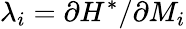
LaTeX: \lambda_{i}=\partial H^{*}/\partial M_{i}